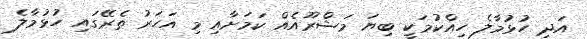
އަދި ހުޅުމާލެ ހިއްކުމަކީ ބިޔަ މަޝްރޫއެއް ކަމަށާއި މި އަހަރު ތެރޭގައި ހުޅުމާލެ